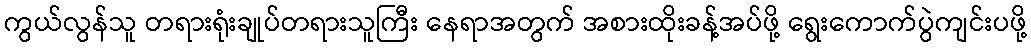
ကွယ်လွန်သူ တရားရုံးချုပ်တရားသူကြီး နေရာအတွက် အစားထိုးခန့်အပ်ဖို့ ရွေးကောက်ပွဲကျင်းပဖို့